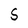
Character: S